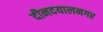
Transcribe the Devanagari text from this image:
दीनदयालनगर